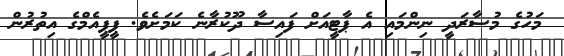
މަހުގެ މުސާރަދީ ނިންމައި އެ ޕާޓީއަށް ފައިސާ ދޫކުރާނެ ކަމަށެވެ. ޕީޕީއެމްގެ އިތުރުން